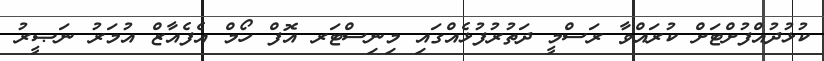
ކުޅުދުއްފުށްޓަށް ކުރައްވާ ރަސްމީ ދަތުރުފުޅެއްގައި މިނިސްޓަރ އޮފް ހޯމް އެފެއާޒް އުމަރު ނަޞީރު